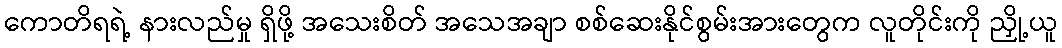
ကောတိရရဲ့ နားလည်မှု ရှိဖို့ အသေးစိတ် အသေအချာ စစ်ဆေးနိုင်စွမ်းအားတွေက လူတိုင်းကို ညှို့ယူ